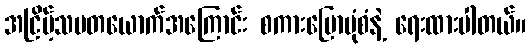
အငြိမ့်သမတယောက်အကြောင်း စကားပြောပုံစံနဲ့ ရေးထားပါတယ်။